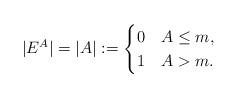
LaTeX: \begin{align*}|E^A|=|A|:=\begin{cases}0 &A\leq m,\\1 &A> m.\end{cases}\end{align*}